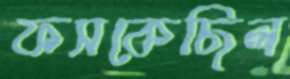
ফসকেছিল